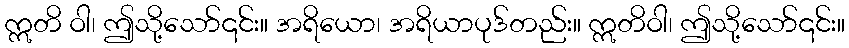
ဣတိ ဝါ၊ ဤသို့သော်၎င်း။ အရိယော၊ အရိယာပုဒ်တည်း။ ဣတိဝါ၊ ဤသို့သော်၎င်း။